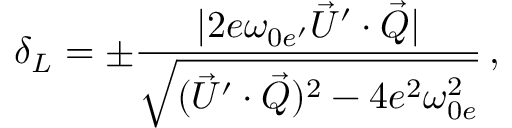
\delta _ { L } = \pm \frac { | 2 e \omega _ { 0 e ^ { \prime } } \vec { U } ^ { \prime } \cdot \vec { \cal Q } | } { \sqrt { ( \vec { U } ^ { \prime } \cdot \vec { \cal Q } ) ^ { 2 } - 4 e ^ { 2 } \omega _ { 0 e } ^ { 2 } } } \, ,